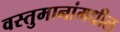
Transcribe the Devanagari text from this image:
वस्तुमानांमधील